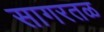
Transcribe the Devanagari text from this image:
सागरतळ